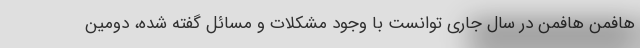
هافمن هافمن در سال جاری توانست با وجود مشکلات و مسائل گفته شده، دومین